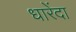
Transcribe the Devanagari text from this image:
धारेंदा